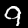
Digit: 9